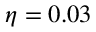
\eta = 0 . 0 3